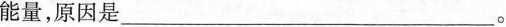
能量，原因是___。